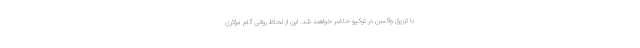
با تزریق واکسن در توکیو حاضر خواهند شد. این از لحاظ روانی گام مؤثری